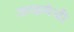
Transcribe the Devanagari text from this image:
जखमेची